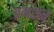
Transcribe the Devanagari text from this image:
इमशब